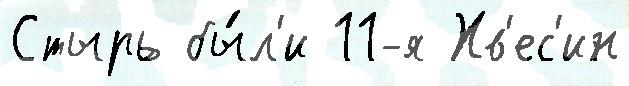
Стырь бы́л'и 11-я Хв'ес'ин